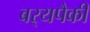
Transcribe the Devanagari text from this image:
बर्‍यपैकी